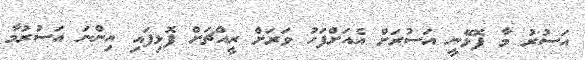
އަސުރު މާ ފޮޅޭނީ އަސުރަށް އެއަށްފަހު ވަރަށް ރީއްޗަށް ފޮޅިފައި އިންނަ އަސުރުމާ